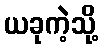
ယခုကဲ့သို့